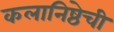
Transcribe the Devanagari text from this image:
कलानिष्ठेची